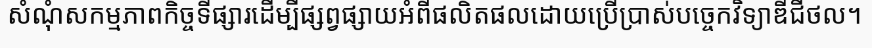
សំណុំសកម្មភាពកិច្ចទីផ្សារដើម្បីផ្សព្វផ្សាយអំពីផលិតផលដោយប្រើប្រាស់បច្ចេកវិទ្យាឌីជីថល។